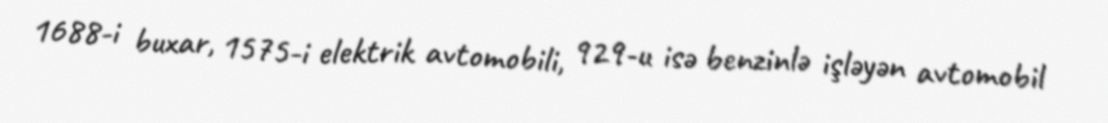
1688-i buxar, 1575-i elektrik avtomobili, 929-u isə benzinlə işləyən avtomobil